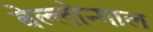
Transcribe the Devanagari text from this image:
बेल्लोन्गाल